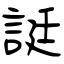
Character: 誔